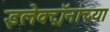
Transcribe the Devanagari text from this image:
इलेक्ट्रॉनाच्या